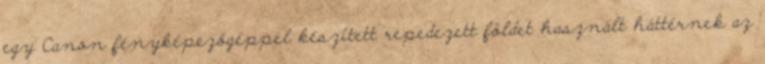
egy Canon fényképezőgéppel készített repedezett földet használt háttérnek az